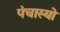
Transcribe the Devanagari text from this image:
पंचास्यो